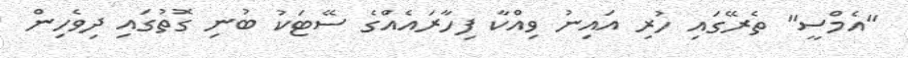
"އެމްސީ" ތެރޭގައި ހުރި އައިނު ވިއްކާ ފިހާރައެއްގެ ސޭޓަކު ބުނި ގޮތުގައި ދިވެހިން